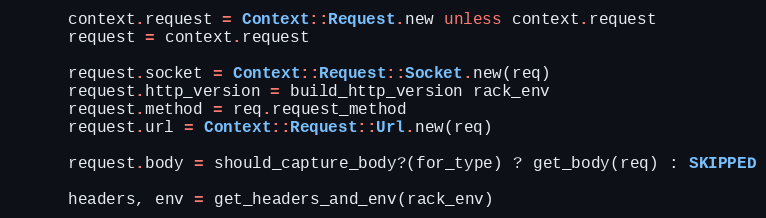
Language: Ruby
      context.request = Context::Request.new unless context.request
      request = context.request

      request.socket = Context::Request::Socket.new(req)
      request.http_version = build_http_version rack_env
      request.method = req.request_method
      request.url = Context::Request::Url.new(req)

      request.body = should_capture_body?(for_type) ? get_body(req) : SKIPPED

      headers, env = get_headers_and_env(rack_env)